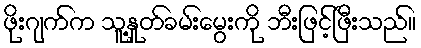
ဖိုးဂျက်က သူ့နှုတ်ခမ်းမွေးကို ဘီးဖြင့်ဖြီးသည်။